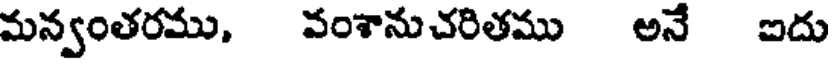
మన్వంతరము, వంశానుచరితము అనే ఐదు